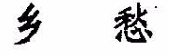
乡愁